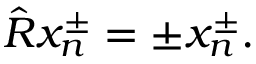
\hat { R } x _ { n } ^ { \pm } = \pm x _ { n } ^ { \pm } .